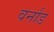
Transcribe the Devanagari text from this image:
वर्नाड